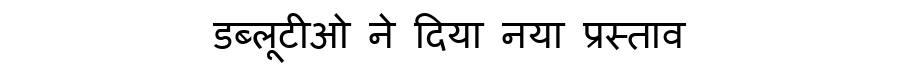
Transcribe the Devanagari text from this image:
डब्लूटीओ ने दिया नया प्रस्ताव